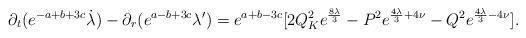
LaTeX: \begin{align*}\partial_{t} ( e^{-a+b+3c} \dot{\lambda}) - \partial_{r}(e^{a-b+3c} \lambda') = e^{a+b-3c} [2Q_{K}^{2} e^{\frac{8\lambda}{3}} -P^2 e^{\frac{4\lambda}{3} + 4\nu} - Q^2 e^{\frac{4\lambda}{3} - 4\nu}].\end{align*}